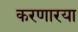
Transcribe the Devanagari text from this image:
करणारया